Indian journal of veterinary science and animal husbandry - Volume 5,
Year: 1935
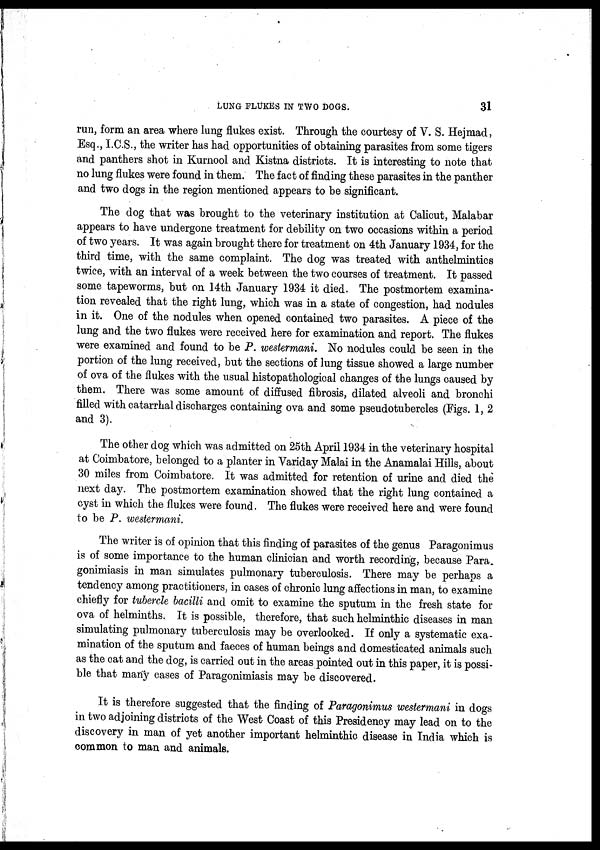
LUNG FLUKES IN TWO DOGS.
31
run, form an area where lung flukes exist. Through the courtesy of V. S. Hejmad,
Esq., I.C.S., the writer has had opportunities of obtaining parasites from some tigers
and panthers shot in Kurnool and Kistna districts. It is interesting to note that
no lung flukes were found in them. The fact of finding these parasites in the panther
and two dogs in the region mentioned appears to be significant.
The dog that was brought to the veterinary institution at Calicut, Malabar
appears to have undergone treatment for debility on two occasions within a period
of two years. It was again brought there for treatment on 4th January 1934, for the
third time, with the same complaint. The dog was treated with anthelmintics
twice, with an interval of a week between the two courses of treatment. It passed
some tapeworms, but on 14th January 1934 it died. The postmortem examina-
tion revealed that the right lung, which was in a state of congestion, had nodules
in it. One of the nodules when opened contained two parasites. A piece of the
lung and the two flukes were received here for examination and report. The flukes
were examined and found to be P. westermani. No nodules could be seen in the
portion of the lung received, but the sections of lung tissue showed a large number
of ova of the flukes with the usual histopathological changes of the lungs caused by
them. There was some amount of diffused fibrosis, dilated alveoli and bronchi
filled with catarrhal discharges containing ova and some pseudotubercles (Figs. 1, 2
and 3).
The other dog which was admitted on 25th April 1934 in the veterinary hospital
at Coimbatore, belonged to a planter in Variday Malai in the Anamalai Hills, about
30 miles from Coimbatore. It was admitted for retention of urine and died the
next day. The postmortem examination showed that the right lung contained a
cyst in which the flukes were found. The flukes were received here and were found
to be P. westermani.
The writer is of opinion that this finding of parasites of the genus Paragonimus
is of some importance to the human clinician and worth recording, because Para,
gonimiasis in man simulates pulmonary tuberculosis. There may be perhaps a
tendency among practitioners, in cases of chronic lung affections in man, to examine
chiefly for tubercle bacilli and omit to examine the sputum in the fresh state for
ova of helminths. It is possible, therefore, that such helminthic diseases in man
simulating pulmonary tuberculosis may be overlooked. If only a systematic exa-
mination of the sputum and faeces of human beings and domesticated animals such
as the cat and the dog, is carried out in the areas pointed out in this paper, it is possi-
ble that many cases of Paragonimiasis may be discovered.
It is therefore suggested that the finding of Paragonimus westermani in dogs
in two adjoining districts of the West Coast of this Presidency may lead on to the
discovery in man of yet another important helminthic disease in India which is
common to man and animals.